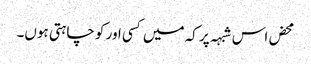
محض اس شبہہ پر کہ میں کسی اور کو چاہتی ہوں۔